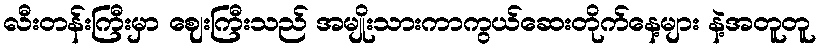
လီးတန်းကြီးမှာ ဈေးကြီးသည် အမျိုးသားကာကွယ်ဆေးတိုက်နေ့များ နဲ့အတူတူ